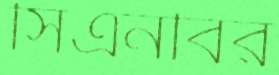
সিএনবির